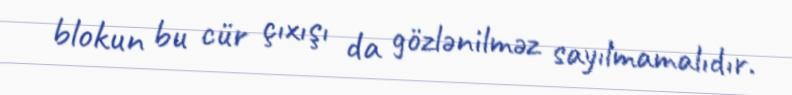
blokun bu cür çıxışı da gözlənilməz sayılmamalıdır.